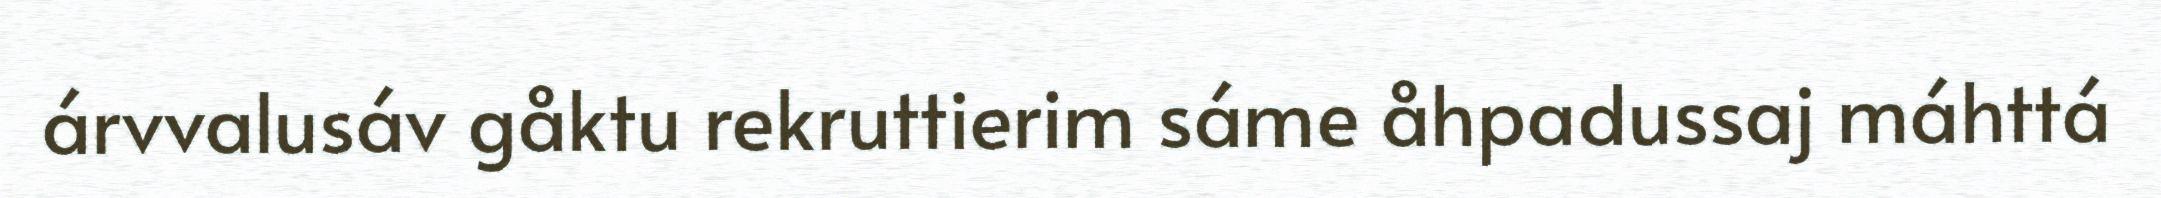
árvvalusáv gåktu rekruttierim sáme åhpadussaj máhttá